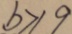
b > 1 9